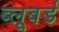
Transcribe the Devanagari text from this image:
ब्लूबर्ड